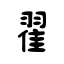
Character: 翟